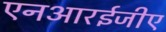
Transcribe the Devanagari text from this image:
एनआरईजीए